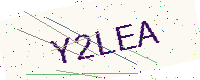
Text: Y2LEA